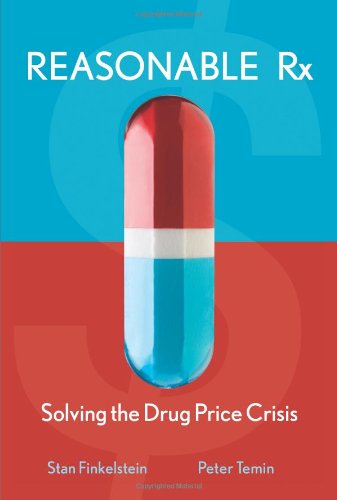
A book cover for Reasonable Rx: Solving the Drug Price Crisis; Stan Finkelstein; Business & Money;